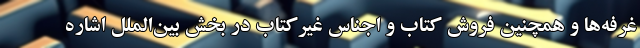
غرفه‌ها و همچنین فروش کتاب و اجناس غیرکتاب در بخش بین‌الملل اشاره